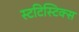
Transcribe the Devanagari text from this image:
स्टटिस्टिक्स